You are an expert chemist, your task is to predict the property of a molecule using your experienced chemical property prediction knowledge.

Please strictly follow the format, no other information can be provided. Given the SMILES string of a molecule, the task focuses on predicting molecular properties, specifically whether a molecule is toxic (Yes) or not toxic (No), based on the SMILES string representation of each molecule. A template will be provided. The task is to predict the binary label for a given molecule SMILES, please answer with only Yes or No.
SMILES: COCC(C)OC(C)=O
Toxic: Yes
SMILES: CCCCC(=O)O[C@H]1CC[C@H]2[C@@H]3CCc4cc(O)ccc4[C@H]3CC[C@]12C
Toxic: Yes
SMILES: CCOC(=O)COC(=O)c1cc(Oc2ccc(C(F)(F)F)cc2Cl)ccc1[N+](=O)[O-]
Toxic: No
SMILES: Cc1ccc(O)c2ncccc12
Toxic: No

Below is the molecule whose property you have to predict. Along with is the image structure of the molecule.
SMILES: Cc1cc2c(cc1CC(=O)c1sccc1S(=O)(=O)Nc1onc(C)c1Cl)OCO2
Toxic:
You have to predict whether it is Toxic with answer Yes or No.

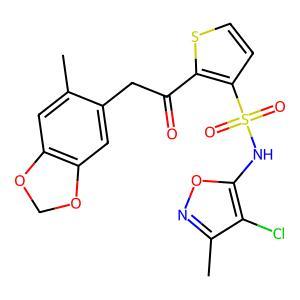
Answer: No